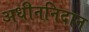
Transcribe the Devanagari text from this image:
अधीननिदान